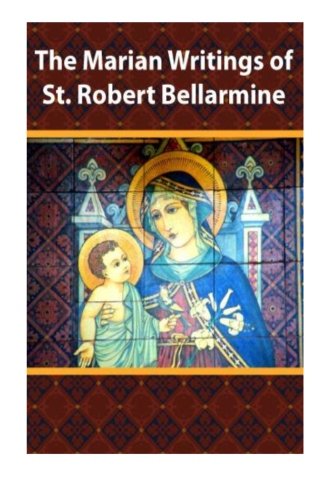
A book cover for The Marian Writings of St. Robert Bellarmine; St. Robert Bellarmine; Christian Books & Bibles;